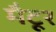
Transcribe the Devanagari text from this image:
मैटूर